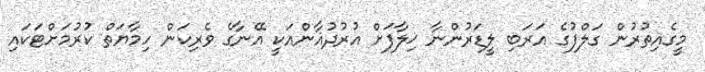
މީގެއިތުރުން ގަލްފުގެ އަރަބި ލީޑަރުންނާ ޚިލާފަށް އުރުދުޣާންއަކީ އޭނާގެ ވެރިކަން ހިމާޔަތް ކުރުމަށްޓަކައި